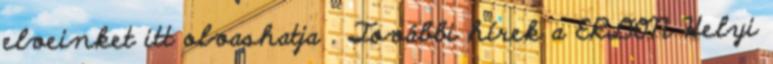
elveinket itt olvashatja . További hírek a ERDON Helyi